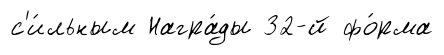
с'и́льным Награ́ды 32-й фо́рма